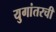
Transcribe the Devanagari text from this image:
युगांतरची